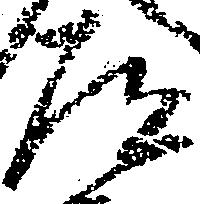
道